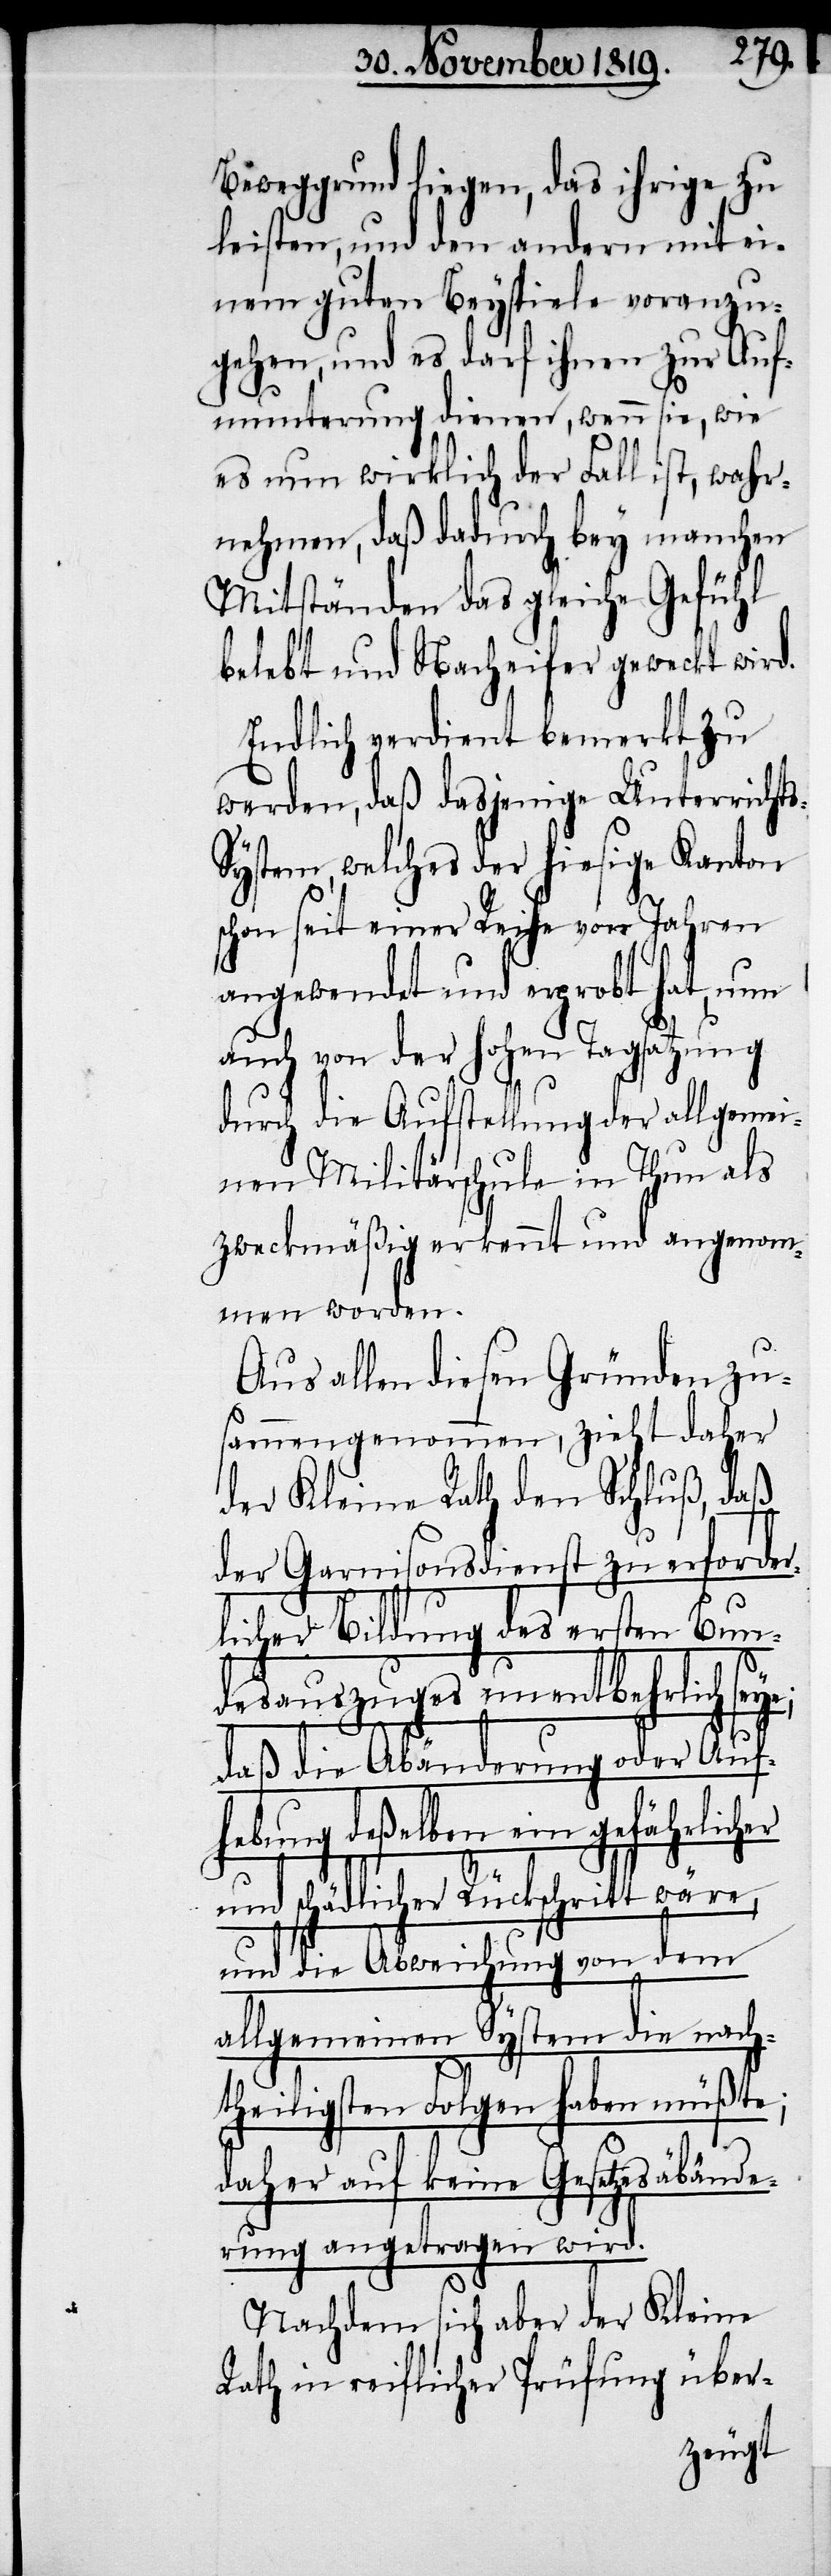
Beweggrund liegen, das ihrige zu
leisten, und den andern mit ei¬
nem guten Beyspiele voranzu¬
gehen, und es darf ihnen zur Auf¬
munterung dienen, wenn sie, wie
es nun wirklich der Fall ist, wahr¬
nehmen, daß dadurch bey manchen
Mitständen das gleiche Gefühl
belebt und Nacheifer geweckt wird.
Endlich verdient bemerkt zu
werden, daß dasjenige Unterricht¬
s-System, welches der hiesige Kanton
schon seit einer Reihe von Jahren
angewendet und erprobt hat, nun
auch von der hohen Tagsatzung
durch die Aufstellung der allgemei¬
nen Militärschule in Thun als
zweckmäßig erkennt und angenom¬
men worden.
Aus allen diesen Gründen zu¬
sammengenommen, zieht daher
der Kleine Rath den Schluß, daß
der Garnisonsdienst zu erforder¬
licher Bildung des ersten Bun¬
desauszuges unentbehrlich seye;
daß die Abänderung oder Auf¬
hebung deßelben ein gefährlicher
und schädlicher Rückschritt wäre,
und die Abweichung von dem
allgemeinen System die nach¬
theiligsten Folgen haben müßte;
daher auf keine Gesetzesabände¬
rung angetragen wird.
Nachdem sich aber der Kleine
Rath in reiflicher Prüfung über-